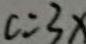
c = 3 x